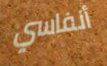
أنفاسي